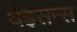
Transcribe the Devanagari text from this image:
घेइसन्स